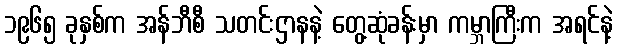
၁၉၆၅ ခုနှစ်က အန်ဘီစီ သတင်းဌာနနဲ့ တွေ့ဆုံခန်းမှာ ကမ္ဘာကြီးက အရင်နဲ့